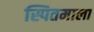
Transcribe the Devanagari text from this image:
स्पितमाला